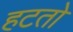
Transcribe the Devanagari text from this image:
हटतो